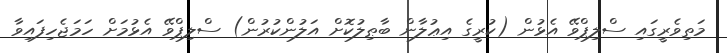
މަތިވެރީގައި ސްލިޕްވޭ އެޅުން (ކުރީގެ އިޢުލާން ބާޠިލުކޮށް އަލުންކުރުން) ސްލިޕްވޭ އެޅުމަށް ހަމަޖެހިފައިވާ